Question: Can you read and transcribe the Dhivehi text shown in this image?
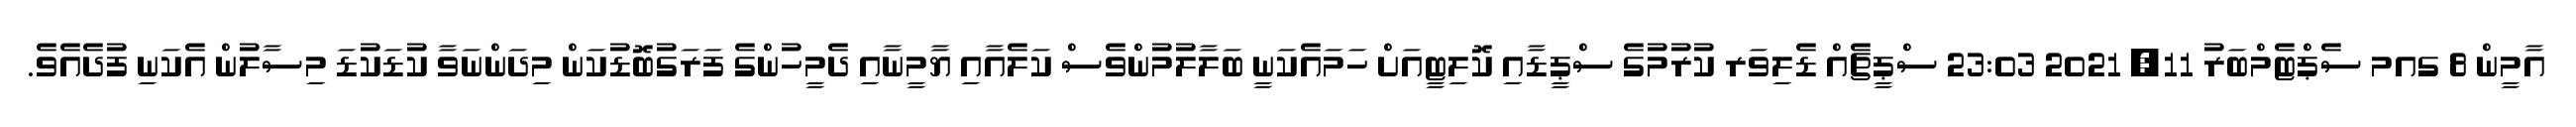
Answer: އާމީން 8 ގއމ ސެޕްޓެމްބަރު 11, 2021 23:03 ސްޕީޗެއް ޑެލިވަރ ކުރުމުގެ ސްޕީޑާއި ކޮލިޓީއަށް ހަމައެކަނީ ބަލާލުމުންވެސް ކަލެއާއި ޔާމީނާއި ދެމީހުންގެ ފަރަގުބޮޑުކަން މިދަންނަވާ ކުޑަކުޑަ މިސާލުން އެކަނި ފުދެއެވެ.